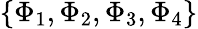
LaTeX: \{ \Phi_{1},\Phi_{2},\Phi_{3},\Phi_{4}\}